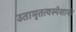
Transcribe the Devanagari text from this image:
उतामृतत्वस्येशानो